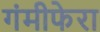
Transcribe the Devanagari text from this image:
गंमीफेरा